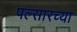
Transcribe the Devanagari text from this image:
पल्सारच्या